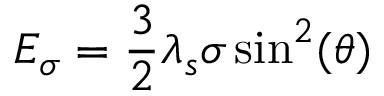
E _ { \sigma } = { \frac { 3 } { 2 } } \lambda _ { s } \sigma \sin ^ { 2 } ( \theta )